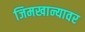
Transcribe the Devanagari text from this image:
जिमखान्यावर